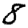
Digit: 8